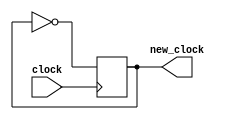
module fracfreq (clock, new_clock);
    input clock;
    output reg new_clock;

    always @ (posedge clock) begin
        new_clock = ~new_clock;
    end
endmodule // fracfreq